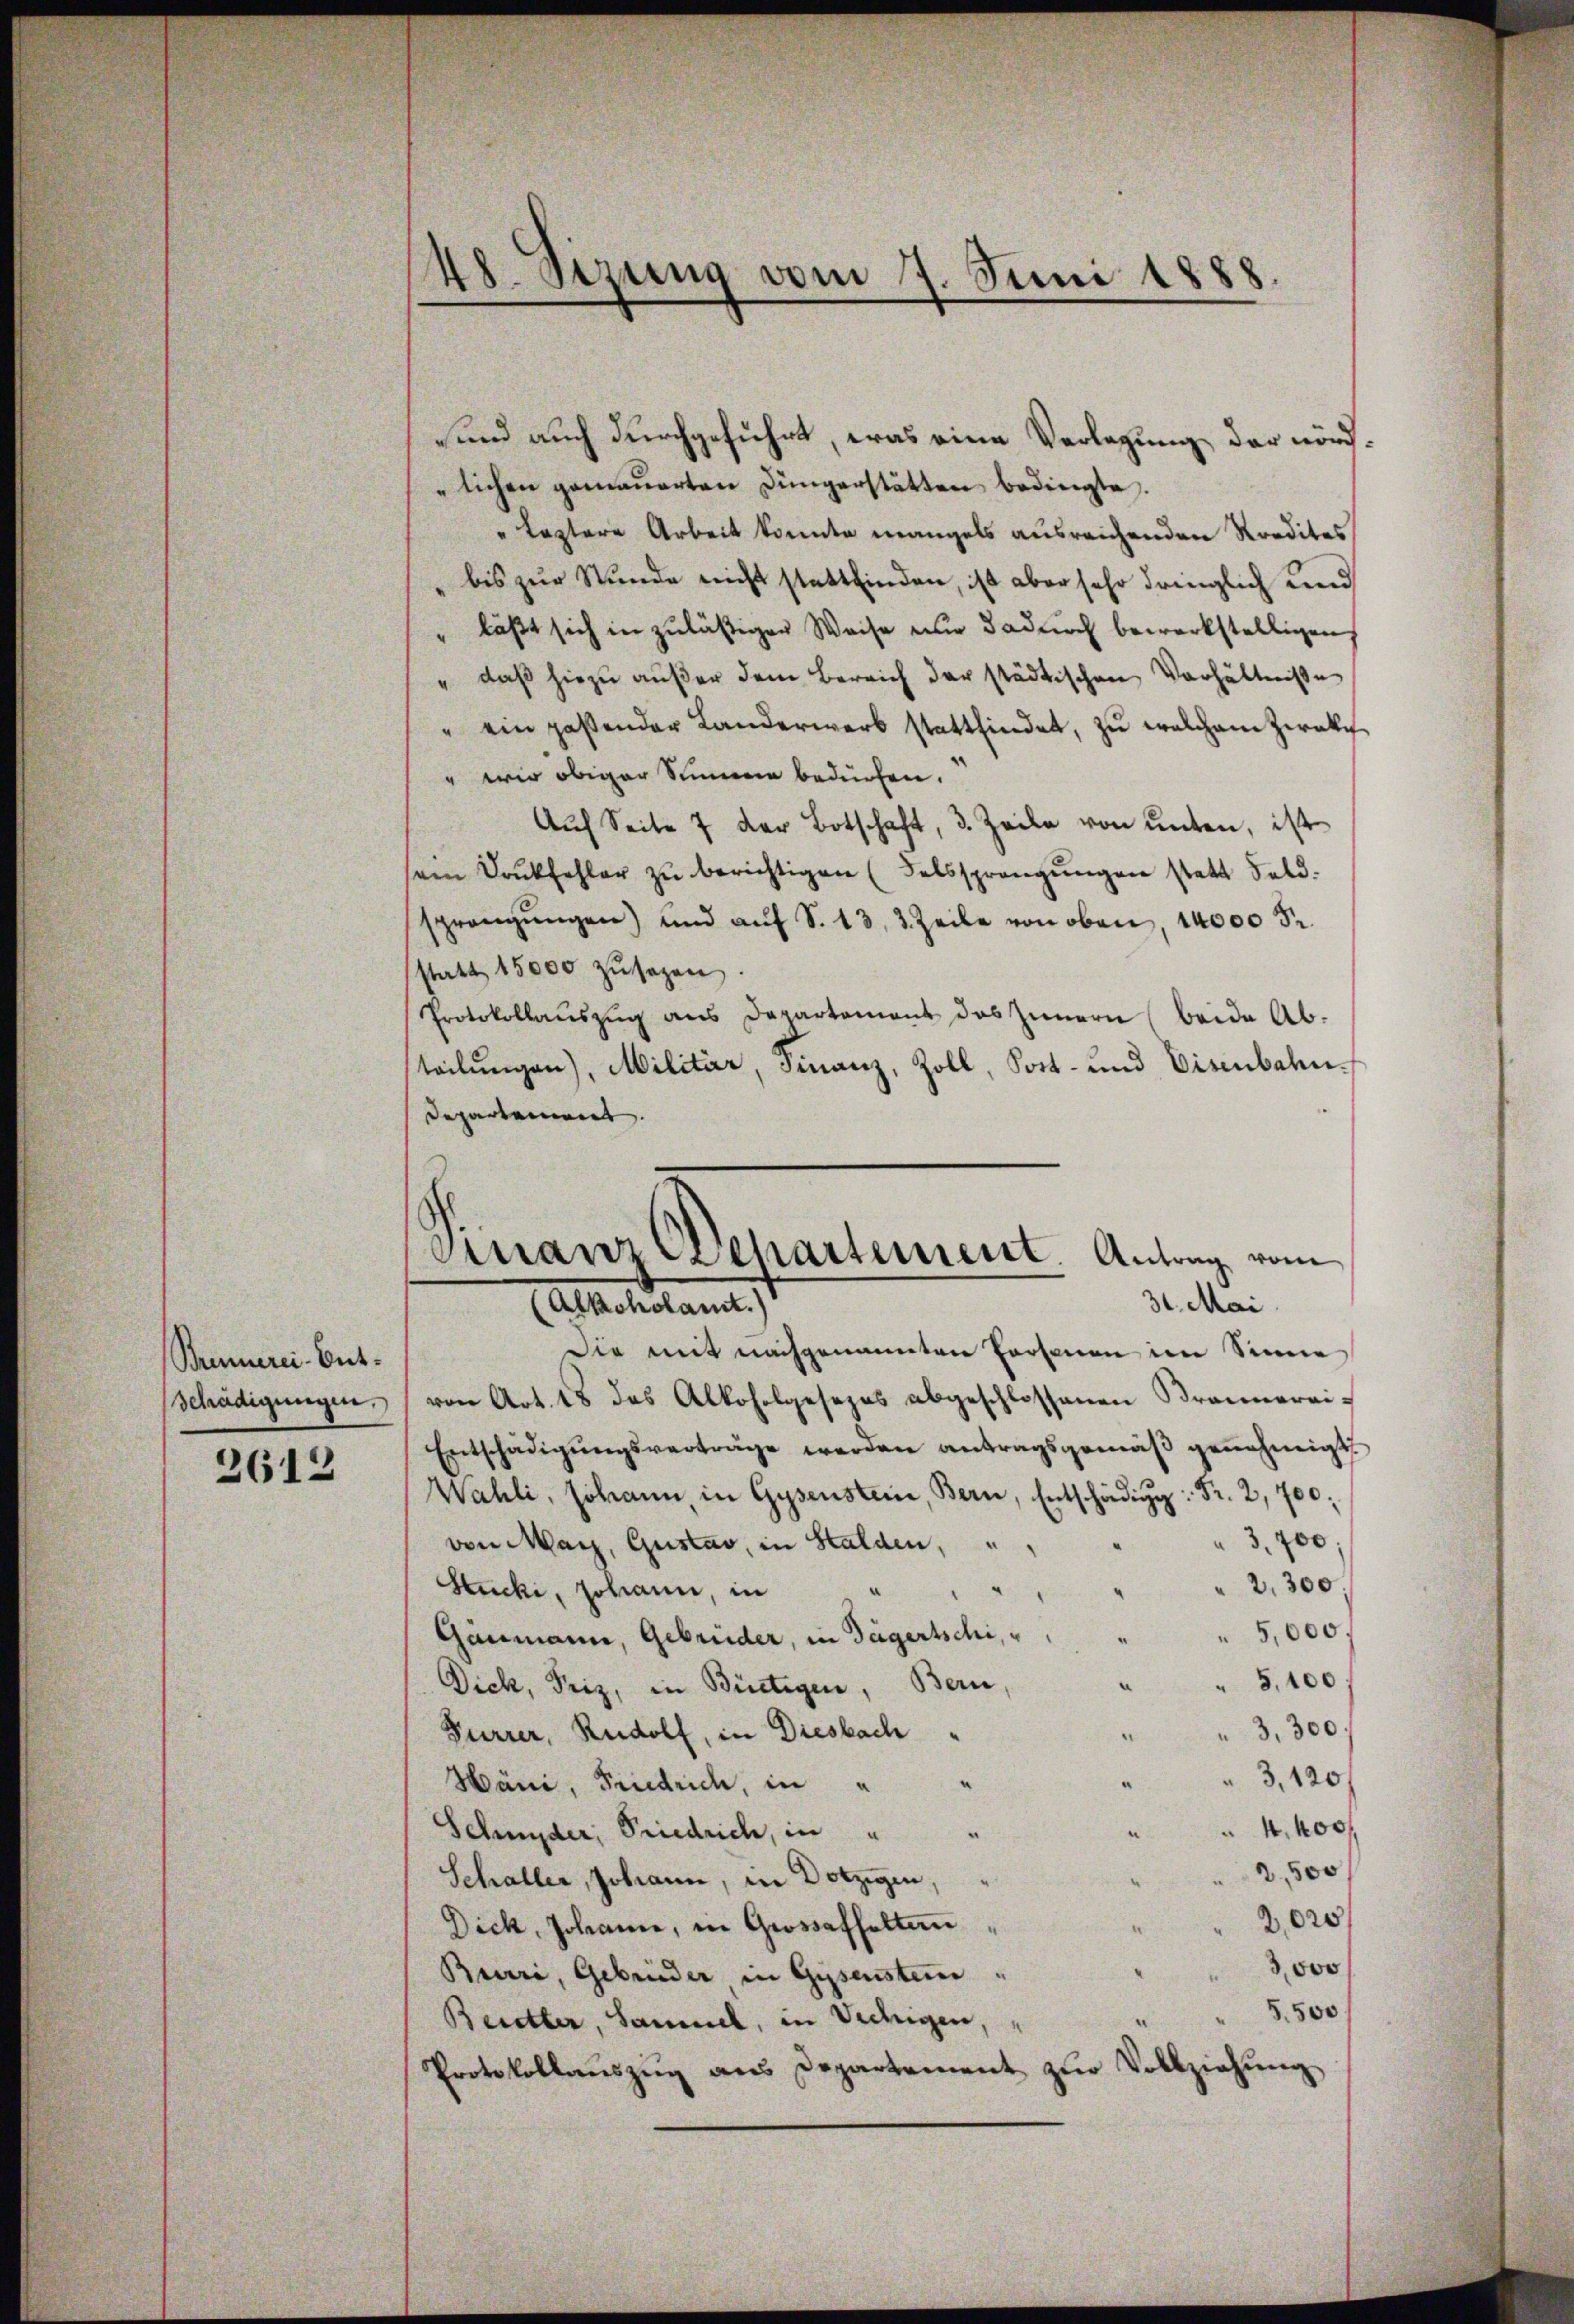
Brunnerei-Ent¬

2612

und auch durchgeführt, was eine Verlegung der nördlichen gemauerten Jüngerstätten bedingte.
" Leztere Arbeit konnte mangels ausreichenden Kredites
bis zur Stunde nicht stattfinden, ist aber sehr dringlich und
" läßt sich in zuläßiger Weise nur dadurch bewerkstelligen
" daβ hiezŭ aŭβer dem Bereich der städtischen Verhältnisse
" ein passender Landerwerb stattfindet, zŭ welchem zwar
" wir obiger Simmen bedürfen.
Aŭf Seite 7 der Botschaft, 3. Zeile von unten, ist
sein Doŭkfehler zŭ berichtigen (Falssprangŭngen statt Feld.
sprangŭngen) und aŭf S. 13, 3. Zeile von oben, 14000 Fr.
statt 15000 zŭsagen.
Protokollauszug aus Departement das Zimmern (beide Ab-
teilungen), Militär, Finanz, Zoll, Sort- und Eisenbahn
Departement.
Die mit nachgenannten Personen im Sinne
Schädigŭngen. (von Art. 18 das Alkoholgesezes abgeschlossenen Brannerei-
Entschädigŭngsverträge werden antragsgemäβ genehmigt.
Wahli, Johann, in Gysenstein, Bern, Entschädig: Fr. 2,700;
3,700
von May, Gustav, in Stalden,
"2,300.
.
Stucki, Johann, in
5,000.
Ganmann, Gebrüder, in Tägertschi,
5,100
.
Dich, Friz, in Bietigen, Bern,
3,300f
Furrer, Rudolf, in Diesbach
3,120f
Häni, Friedrich, in " "
4, 400f
Schnyder, Priedrich, in " "
e
2,500
Schaller, Johann, in Dotzigen,
2,020
Dich, Johanne, in Grossafhaltern
3,000
Bruri, Gebrüder in Gysenstein
" 5,500
Beutter, Sammel, in Viehigen,
Protokollaŭszŭg ans Departement zŭr Vollziehŭng

48. Sizung vom 7. Juni 1888.

Finanz Departement. Antrag vom
31. Mai.
Alkoholamt.)